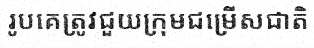
រូបគេត្រូវជួយក្រុមជម្រើសជាតិ